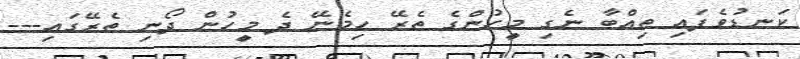
ކަނޑުވެފައި ތިއްބާ ނެގި މީހުންގެ ތެރޭ ހިމެނޭ ދެ މީހުން ދޯނި ތެރޭގައި---